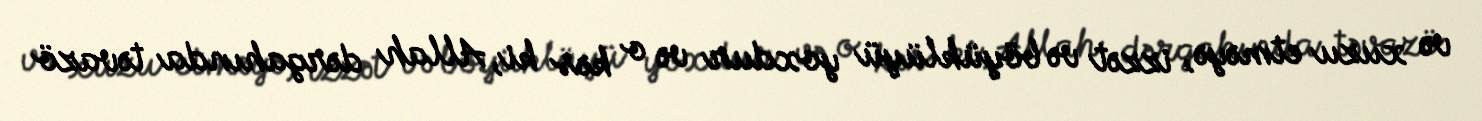
və xuzu etməyə, izzət və böyüklüyü yoxdur və o kəs ki, Allah dərgahında təvazö